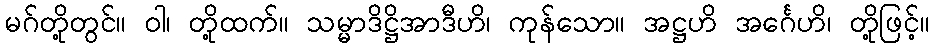
မဂ်တို့တွင်။ ဝါ၊ တို့ထက်။ သမ္မာဒိဋ္ဌိအာဒီဟိ၊ ကုန်သော။ အဋ္ဌဟိ အင်္ဂေဟိ၊ တို့ဖြင့်။